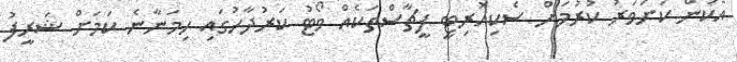
އެކަން ކަށަވަރު ކުރުމަށް ސެކިއުރިޓީ ފީޗާސްތަކެއް ވޯޓު ކަރުދާހުގައި ހިމަނާނެ ކަމަށް ޝަރީފު